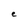
Character: e